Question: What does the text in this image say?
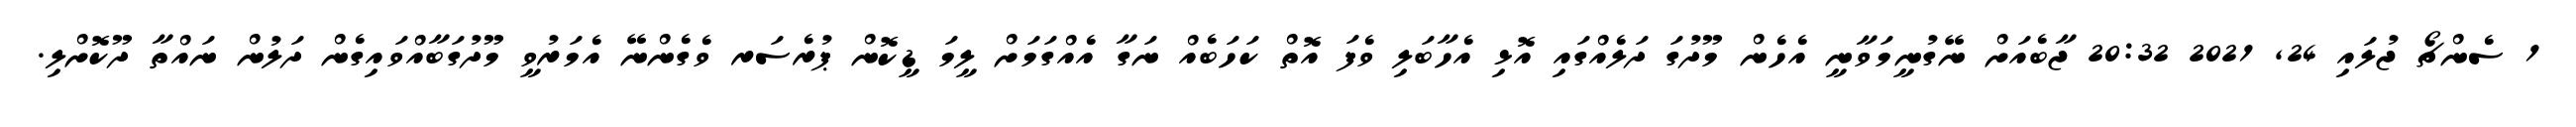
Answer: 1 ސެންޗޯ ޖުލައި 24, 2021 20:32 ޖާބެއަށް ނޭގުނީމަވާނީ އެހެން މޫދުގަ ދަލެއްގައި އޮޅި އެހާބަލި ވެފަ އޮތް ކަހަބެއް ނަގާ އެއްގަމަށް ލީމަ ޑީކޮން ޕުރެސަރ ވެގެންނޭ އެމަރުވީ މޫދުގަބާއްވައިގެން ދަލުން ނައްތާ ދޫކޮށްލި.